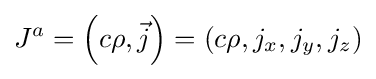
J^{a}=\left(c\rho ,{\vec {j}}\right)=\left(c\rho ,j_{x},j_{y},j_{z}\right)